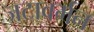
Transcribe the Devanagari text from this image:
जटावर्मन